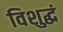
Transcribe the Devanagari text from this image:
विशुद्धं